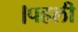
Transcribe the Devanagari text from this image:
।पहली